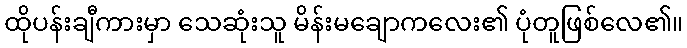
ထိုပန်းချီကားမှာ သေဆုံးသူ မိန်းမချောကလေး၏ ပုံတူဖြစ်လေ၏။